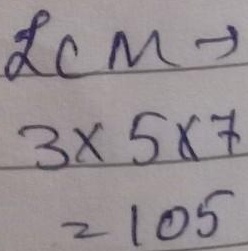
$\mathrm{lcm}\to$
\[
3\times5\times7 = 105
\]